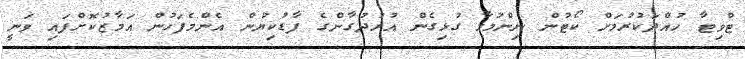
ޓްވިޓާ ހުއްދަކުރުމަށް ކޯޓުން ނިންމުމާ ގުޅިގެން އުރުދުގާންގެ ފާޑުކިޔުން އެންމެފަހުން އަމާޒުކޮށްފައި ވަނީ